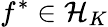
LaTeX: f^{*}\in{\cal{H}}_{K}